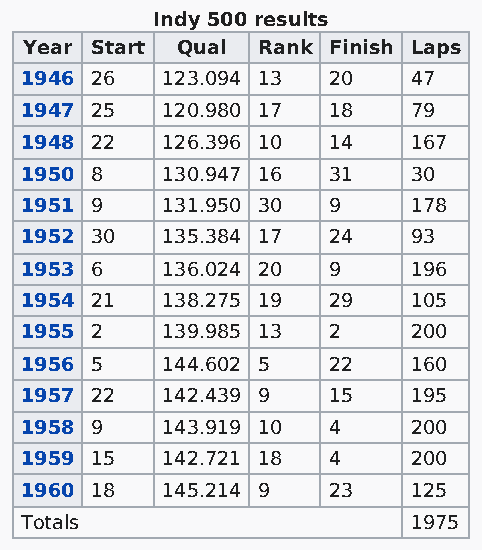
Indy 500 results
 Year Start Qual Rank Finish Laps
 1946 26   123.094 13 20   47
 1947 25   120.980 17 18   79
 1948 22   126.396 10 14   167
 1950 8    130.947 16 31   30
 1951 9    131.950 30 9    178
 1952 30   135.384 17 24   93
 1953 6    136.024 20 9    196
 1954 21   138.275 19 29   105
 1955 2    139.985 13 2    200
 1956 5    144.602 5  22   160
 1957 22   142.439 9  15   195
 1958 9    143.919 10 4    200
 1959 15   142.721 18 4    200
 1960 18   145.214 9  23   125
 Totals                    1975